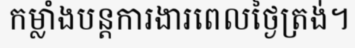
កម្លាំងបន្តការងារពេលថ្ងៃត្រង់។